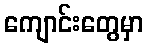
ကျောင်းတွေမှာ